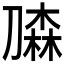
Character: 𰅀